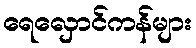
ရေလှောင်ကန်များ